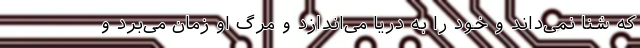
که شنا نمی‌داند و خود را به دریا می‌اندازد و مرگ او زمان می‌برد و